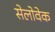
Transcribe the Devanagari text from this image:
सेलोवेक